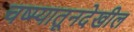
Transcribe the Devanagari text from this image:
चष्म्यातूनदेखील